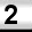
Digit: 2